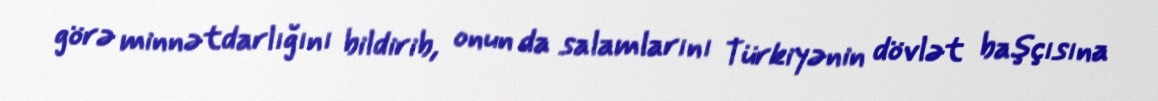
görə minnətdarlığını bildirib, onun da salamlarını Türkiyənin dövlət başçısına